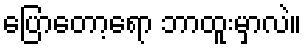
ပြောတော့ရော ဘာထူးမှာလဲ။